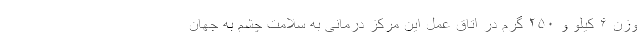
وزن ۶ کیلو و ۲۵۰ گرم در اتاق عمل این مرکز درمانی به سلامت چشم به جهان